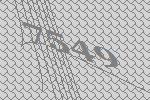
7549